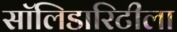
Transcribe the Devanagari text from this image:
सॉलिडारिटीला